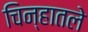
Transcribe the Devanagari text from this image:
चिन्हातले